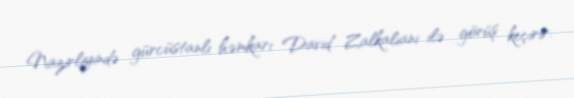
Nazirliyində gürcüstanlı həmkarı David Zalkaliani ilə görüş keçirir.